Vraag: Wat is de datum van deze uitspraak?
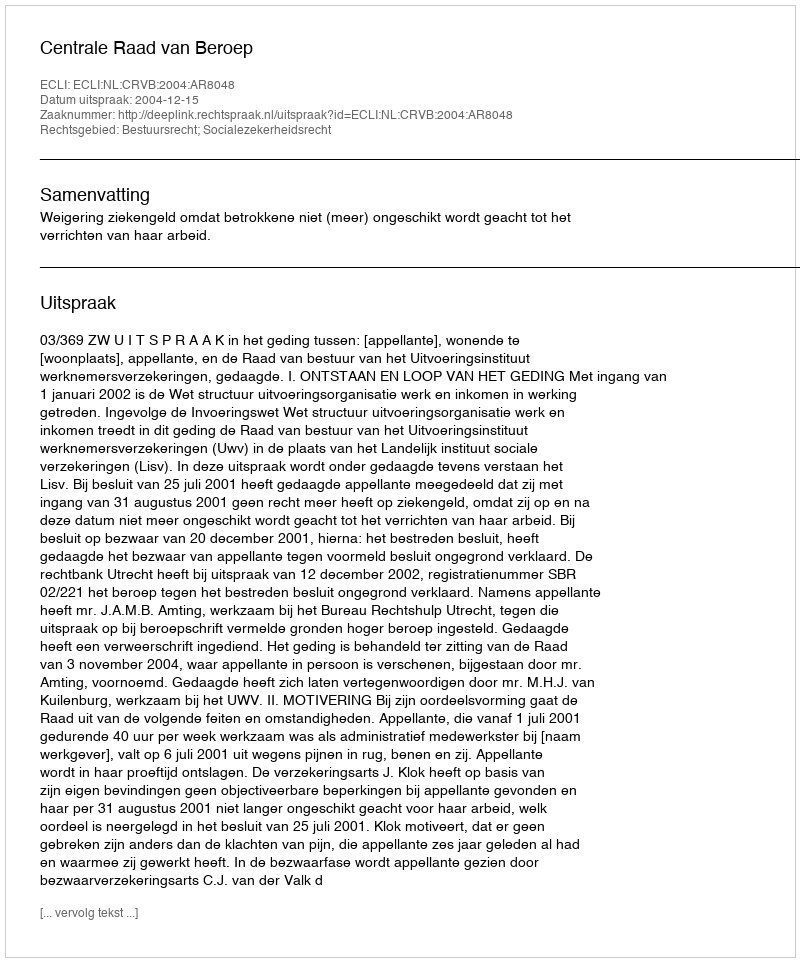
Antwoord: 2004-12-15